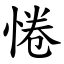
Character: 惓